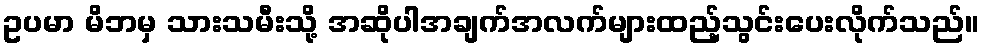
ဥပမာ မိဘမှ သားသမီးသို့ အဆိုပါအချက်အလက်များထည့်သွင်းပေးလိုက်သည်။